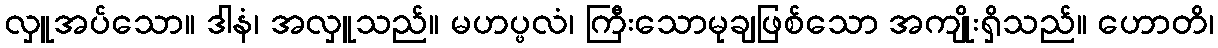
လှူအပ်သော။ ဒါနံ၊ အလှူသည်။ မဟပ္ဖလံ၊ ကြီးသောမုချဖြစ်သော အကျိုးရှိသည်။ ဟောတိ၊